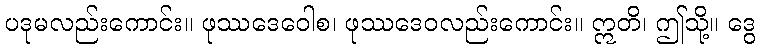
ပဒုမလည်းကောင်း။ ဖုဿဒေဝေါစ၊ ဖုဿဒေဝလည်းကောင်း။ ဣတိ၊ ဤသို့။ ဒွေ